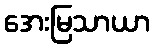
အေးမြသာယာ